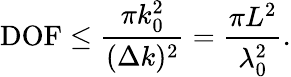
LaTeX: \mathrm{DOF}\leq\frac{\pi k_{0}^{2}}{(\Delta k)^{2}}=\frac{\pi L^{2}}{\lambda_{0}^{2}}.